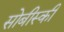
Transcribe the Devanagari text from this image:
सोबीस्की